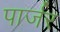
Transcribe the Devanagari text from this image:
पार्जर